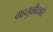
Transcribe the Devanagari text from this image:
वाहतुकीद्वारे